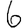
Digit: 6